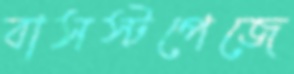
বাসস্টপেজে